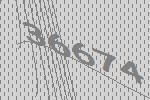
36674